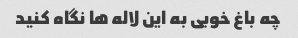
چه باغ خوبی به این لاله ها نگاه کنید